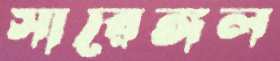
সারেঙ্গল